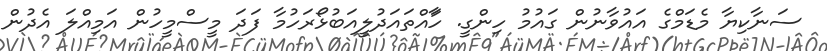
ސަނާކިޔާ މެޑަމްގެ އައުވާނުން ގައުމު ހިންގީ. ހާައްތައަދުލީއަބުޅޯރަހުމާ ފަދަ މީސްމީހުން އަމިއްލަ އެދުން